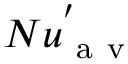
N u _ { \mathrm { ~ a ~ v ~ } } ^ { ' }